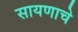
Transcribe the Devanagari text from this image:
सायणाचे